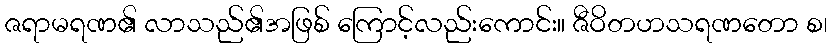
ဇရာမရဏ၏ လာသည်၏အဖြစ် ကြောင့်လည်းကောင်း။ ဇီဝိတဟသရဏတော စ၊